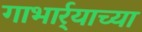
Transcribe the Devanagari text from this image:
गाभार्र्‍याच्या